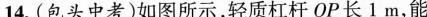
14. (包头中考)如图所示，轻质杠杆 OP 长 1 m，能